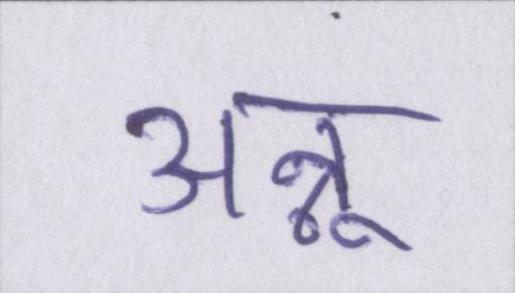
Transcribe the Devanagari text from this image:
अन्नू